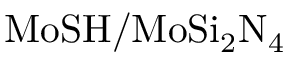
\mathrm { M o S H / M o S i _ { 2 } N _ { 4 } }